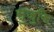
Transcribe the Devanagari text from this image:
सुजुकि